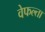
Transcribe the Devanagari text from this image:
वेफल्ता